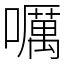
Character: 𡂖